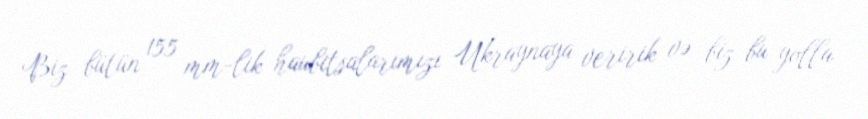
Biz bütün 155 mm-lik haubitsalarımızı Ukraynaya veririk və biz bu yolla